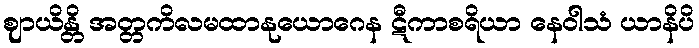
ဈာယိန္တိ အတ္တကိလမထာနုယောဂေန ဋီကာစရိယာ နေဝါသံ ယာနိပိ